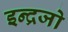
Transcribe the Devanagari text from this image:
इन्द्रजो